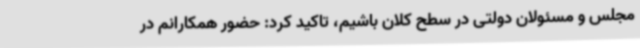
مجلس و مسئولان دولتی در سطح کلان باشیم، تاکید کرد: حضور همکارانم در